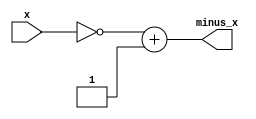
module neg(
    input [31:0]x,

    output [31:0]minus_x
);

/*
*   Problem 3:
*   Describe sign-inversion logic here.
*/
assign minus_x = ~x + 1; // P3 answer
endmodule